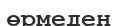
өрмеден